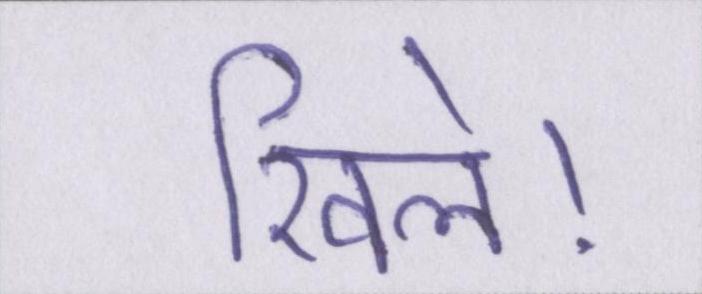
खिले।